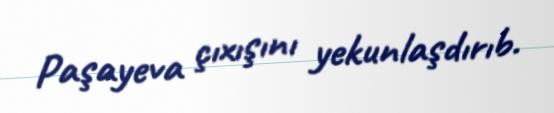
Paşayeva çıxışını yekunlaşdırıb.